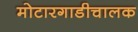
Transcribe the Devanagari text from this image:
मोटारगाडीचालक